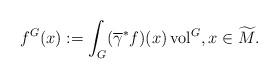
LaTeX: \begin{align*} f^G (x):=\int_G (\overline\gamma^* f)(x)\,\mathrm{vol}^G, x\in \widetilde M. \end{align*}